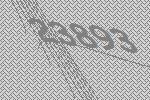
23893